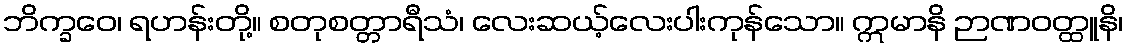
ဘိက္ခဝေ၊ ရဟန်းတို့။ စတုစတ္တာရီသံ၊ လေးဆယ့်လေးပါးကုန်သော။ ဣမာနိ ဉာဏဝတ္ထူနိ၊